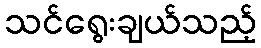
သင်ရွေးချယ်သည့်